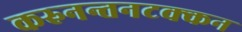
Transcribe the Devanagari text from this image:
करुनन्तनटक्कन